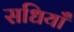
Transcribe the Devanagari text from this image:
सधियाँ